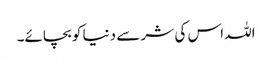
اللہ اس کی شر سے دنیا کو بچائے۔